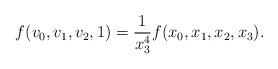
LaTeX: \begin{align*}f(v_0,v_1,v_2,1)=\frac{1}{x_3^4}f(x_0,x_1,x_2,x_3).\end{align*}